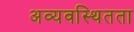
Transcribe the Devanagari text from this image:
अव्यवस्थितता